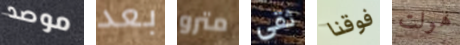
موصد بعد مترو ثقى فوقنا هولت